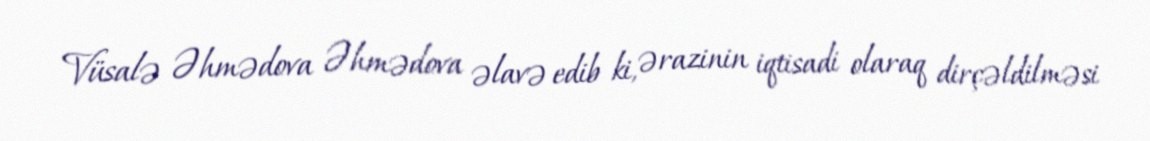
Vüsalə Əhmədova Əhmədova əlavə edib ki, ərazinin iqtisadi olaraq dirçəldilməsi